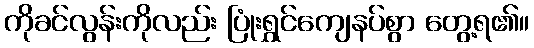
ကိုခင်လွန်းကိုလည်း ပြုံးရွှင်ကျေနပ်စွာ တွေ့ရ၏။